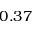
0 . 3 7